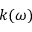
k ( \omega )